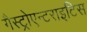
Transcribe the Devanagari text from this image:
गैस्ट्रोएन्टराइटिस